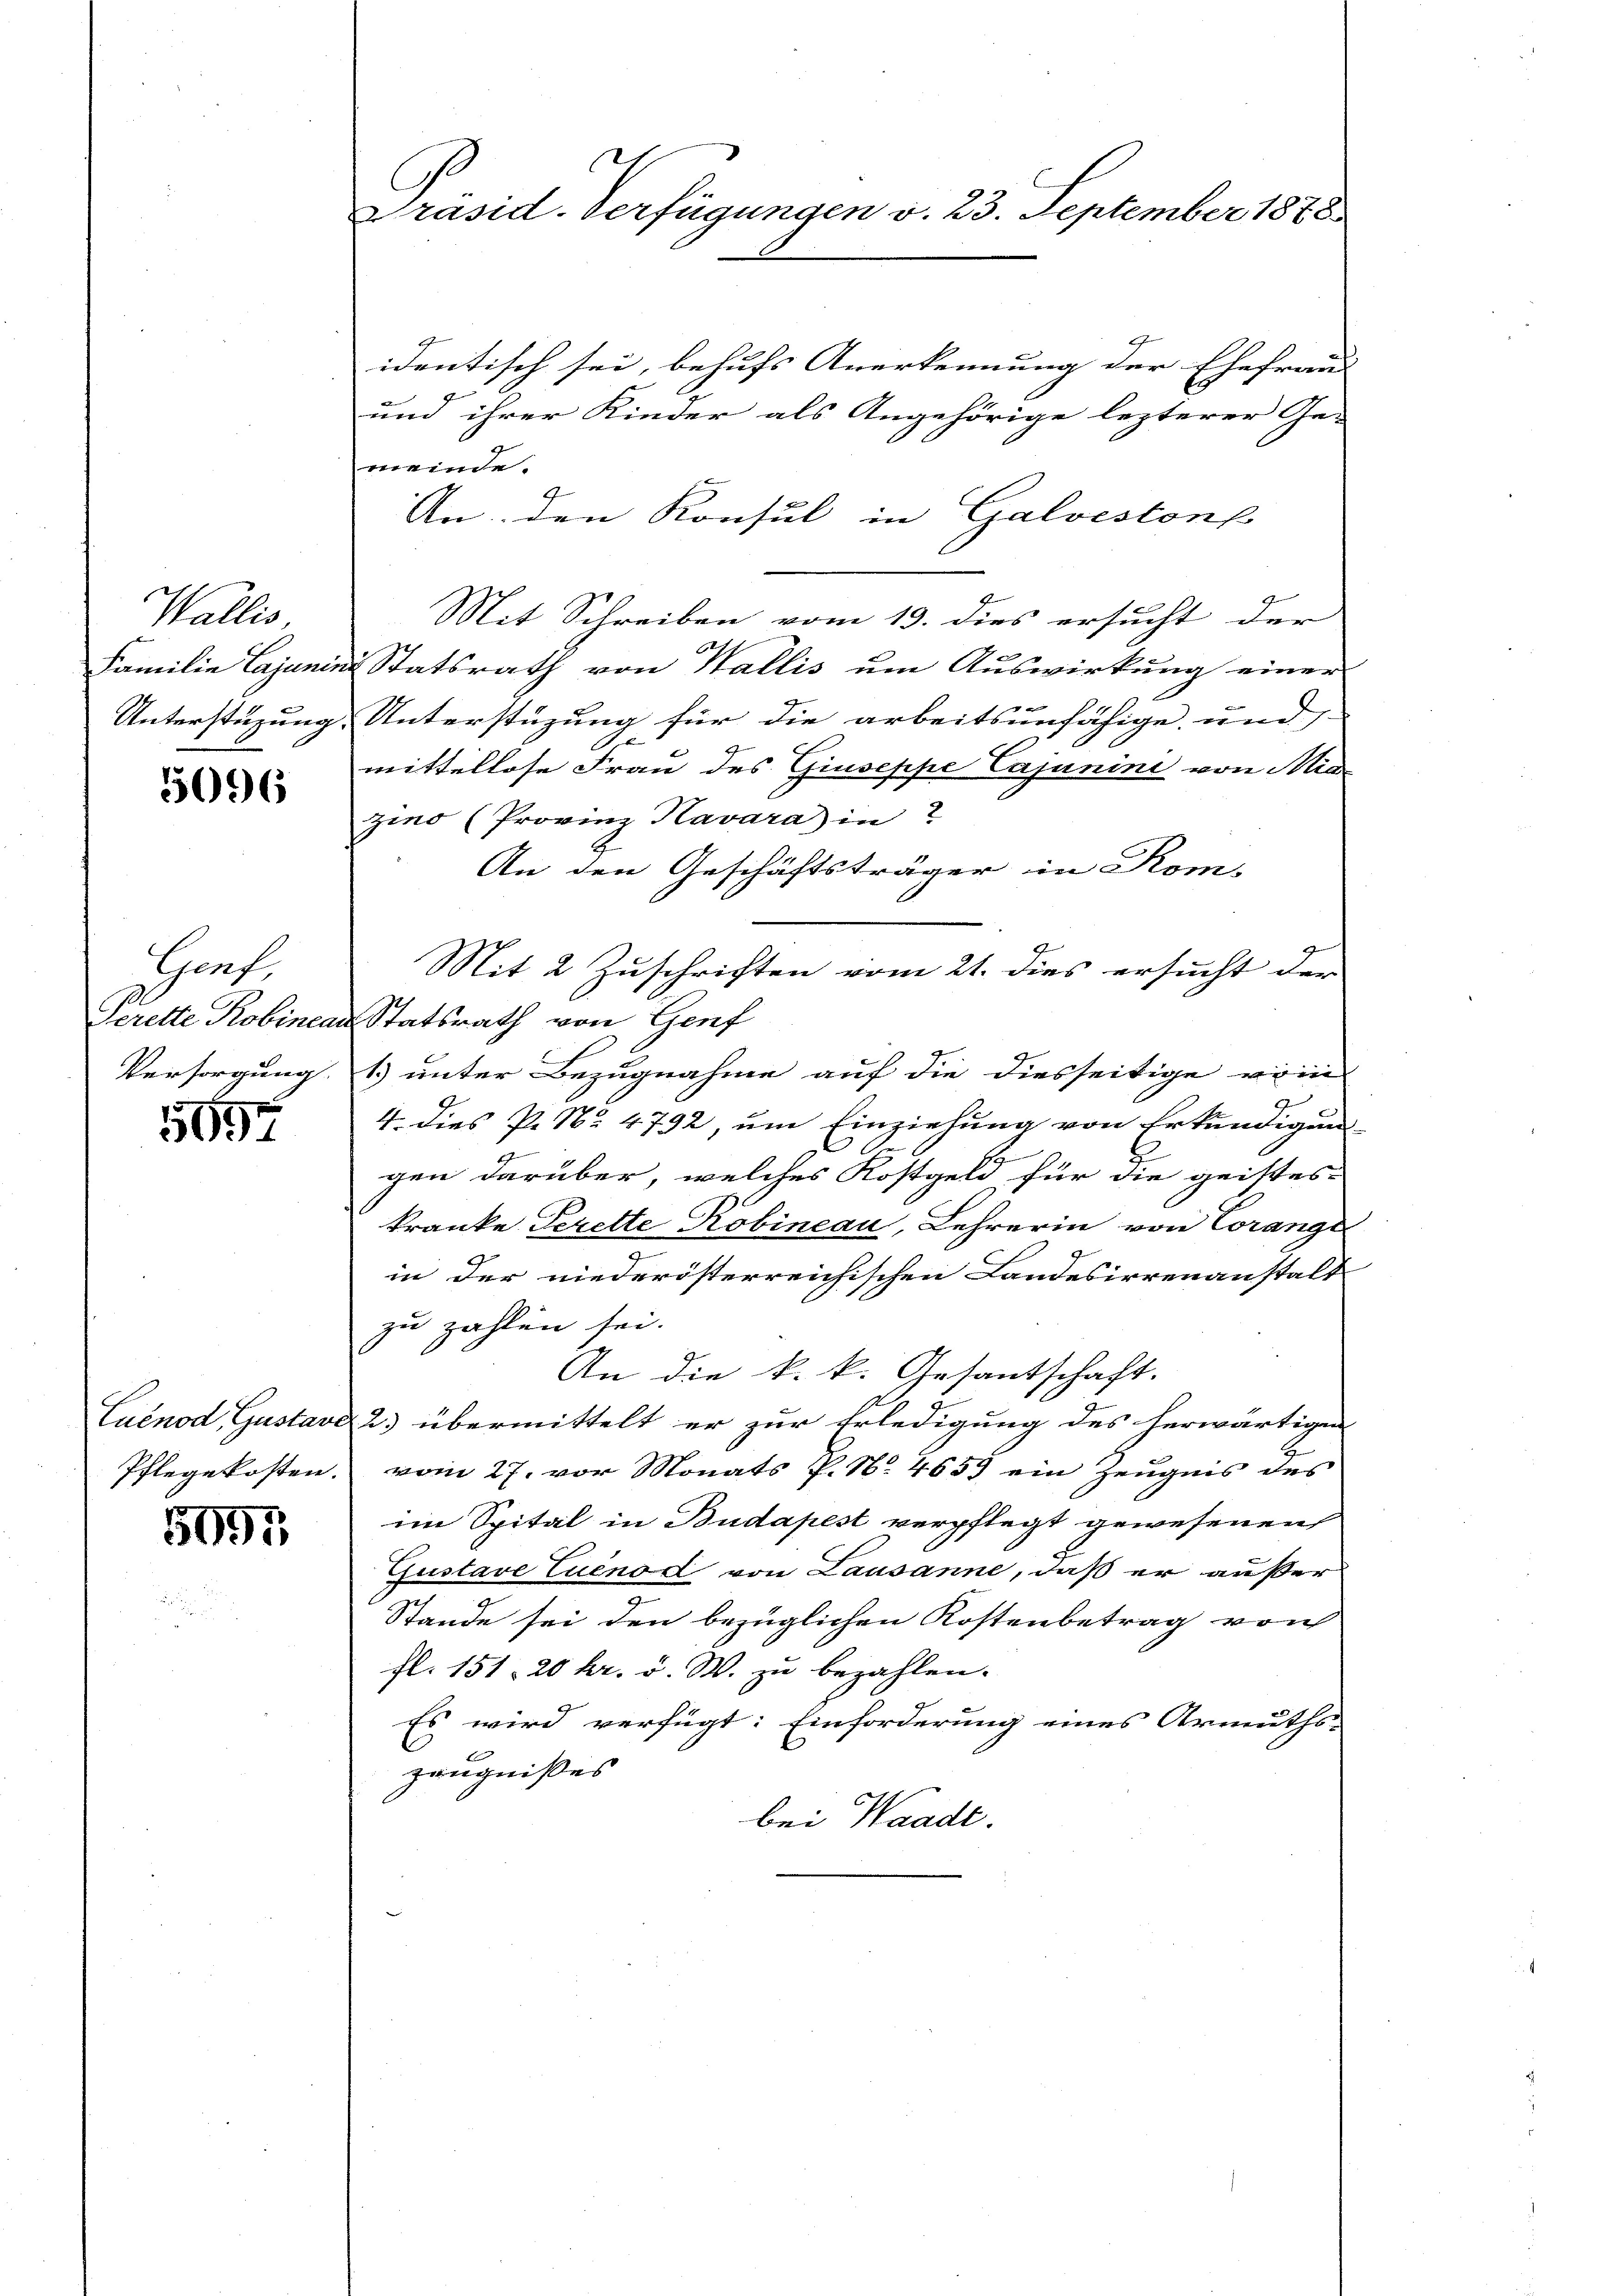
Wallis
Familie Lajanis

5096

Haf.
Perette Robinen
Versorgung.

5197

Euenod, Gustavi
Pflegekosten.

5091

1
Präsid-Verfügungen v. 23. September 1878.

identisch sei, behufs Anerkennung der Ehefraud
E
und ihrer Kinder als Angehörige lezterer Ge-
meinde.
An den Konsul in Galveston
Mit Schreiben vom 19. dies ersucht der
in Statsrath von Wallis um Auswirkung einer
Unterstüzung Unterstüzung für die arbeitsunfähige und
.
mittellose Frau des Giuseppe Cajunini von Mie
zino (Provinz Kavara) in 2
An den Geschäftsträger in Kom-
Mit 2 Zuschriften vom 21. dies ersucht der
u Statsrath von Genf
1.) unter Bezugnahme auf die diesseitige rei
4. Dies P. Nr. 4792, um Einziehung von Erkundigung
s
gen darüber, welches Kostgeld für die geistes
kranke Terette Robineau, Lehrerin von Corange
in der niederösterreichischen Landesirrenanstalt
zu zahlen sei.
An die k. k. Gesantschaft.
23 übermittelt er zur Erledigung des herwärtigen
vom 27. vor Monats P. N. 4653 ein Zeugnis des
im Spital in Budapest verpflegt gewesenen
Zustave Cuénod von Lausanne, daß er außer
Stande sei den bezüglichen Kostenbetrag von
fl. 151, 20 kr. v. W. zu bezahlen.
Es wird verfügt: Einforderung eines Armuths-
zeugnisses |
bei Waadt.